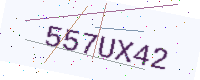
Text: 557UX42